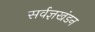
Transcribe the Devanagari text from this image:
सर्वज्ञखंडन